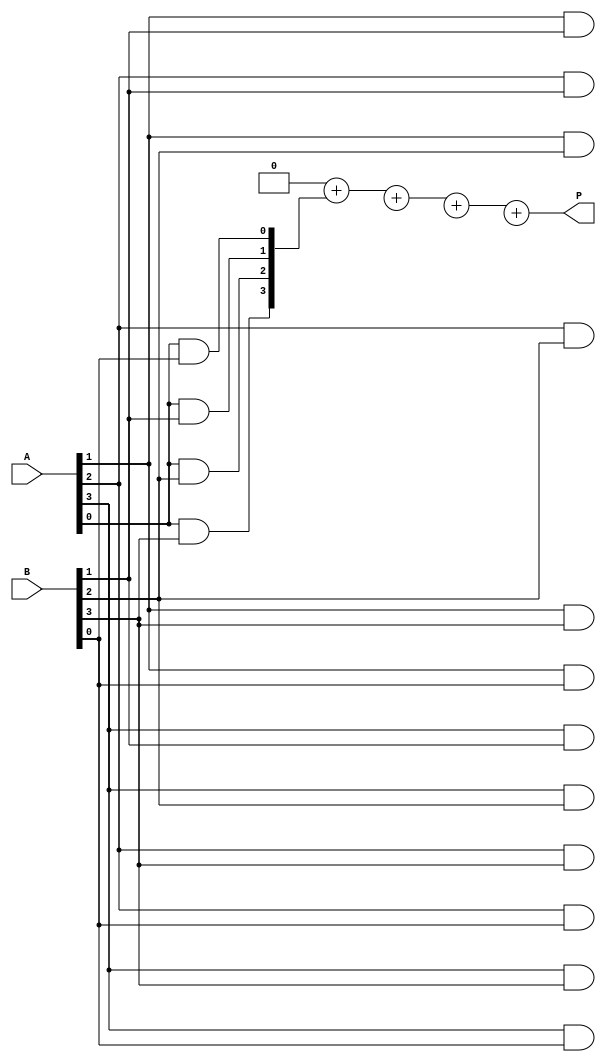
module vedic_multiplier #(parameter N = 4) (
    input [N-1:0] A, // Input A
    input [N-1:0] B, // Input B
    output reg [2*N-1:0] P // Output Product
);
    reg [2*N-1:0] partial_products[N-1:0]; // Partial products storage
    integer i, j;

    always @(*) begin
        // Initialize product
        P = 0;

        // Generate partial products
        for (i = 0; i < N; i = i + 1) begin
            for (j = 0; j < N; j = j + 1) begin
                partial_products[i][i + j] = A[i] & B[j]; // AND operation for partial product
            end
        end

        // Sum the partial products using a simple iterative addition
        for (i = 0; i < N; i = i + 1) begin
            P = P + partial_products[i]; // Add partial product to total product
        end
    end
endmodule